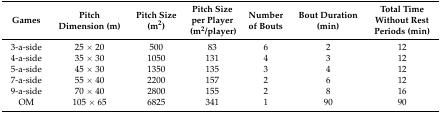
<table><thead><tr><td><b>Games </b></td><td><b>Pitch Dimension (m)</b></td><td><b>Pitch Size (m<sup>2</sup>)</b></td><td><b>Pitch Size per Player (m<sup>2</sup>/player)</b></td><td><b>Number of Bouts </b></td><td><b>Bout Duration (min)</b></td><td><b>Total Time Without Rest Periods (min)</b></td></tr></thead><tbody><tr><td>3-a-side </td><td>25 × 20</td><td>500</td><td>83</td><td>6</td><td>2</td><td>12</td></tr><tr><td>4-a-side </td><td>35 × 30</td><td>1050</td><td>131</td><td>4</td><td>3</td><td>12</td></tr><tr><td>5-a-side </td><td>45 × 30</td><td>1350</td><td>135</td><td>3</td><td>4</td><td>12</td></tr><tr><td>7-a-side </td><td>55 × 40</td><td>2200</td><td>157</td><td>2</td><td>6</td><td>12</td></tr><tr><td>9-a-side </td><td>70 × 40</td><td>2800</td><td>155</td><td>2</td><td>8</td><td>16</td></tr><tr><td>OM</td><td>105 × 65</td><td>6825</td><td>341</td><td>1</td><td>90</td><td>90</td></tr></tbody></table>